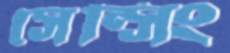
সেন্সিং